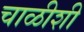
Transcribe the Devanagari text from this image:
चाळीशी